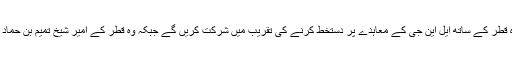
2016ء)وزیر اعظم میاں نواز شریف 10 فروری کو قطر کا دورہ کریں گے جہاں وہ قطر کے ساتھ ایل این جی کے معاہدے پر دستخط کرنے کی تقریب میں شرکت کریں گے جبکہ وہ قطر کے امیر شیخ تمیم بن حماد الثانی ‘قطر کے و زیر اعظم عبداﷲ بن نصیر بن خلیفہ الثانی سے ملاقاتیں کریں گے ۔